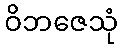
ဝိဘဇေသုံ